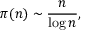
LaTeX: \pi ( n ) \sim { \frac { n } { \log n } } ,